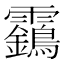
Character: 靎